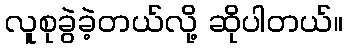
လူစုခွဲခဲ့တယ်လို့ ဆိုပါတယ်။